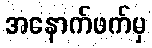
အနောက်ဖက်မှ